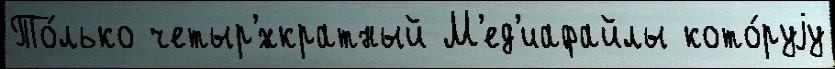
То́лько четыр'́хкратный М'ед'иафайлы кото́руjу